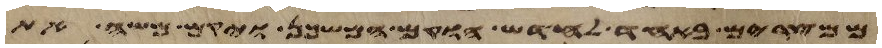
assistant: ממצרים באחד לחדש הוקם המשכן ויקם משה את